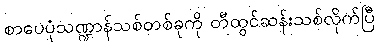
စာပေပုံသဏ္ဍာန်သစ်တစ်ခုကို တီထွင်ဆန်းသစ်လိုက်ပြီ